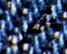
شخص